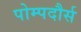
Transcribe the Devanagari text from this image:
पोम्पदौर्स